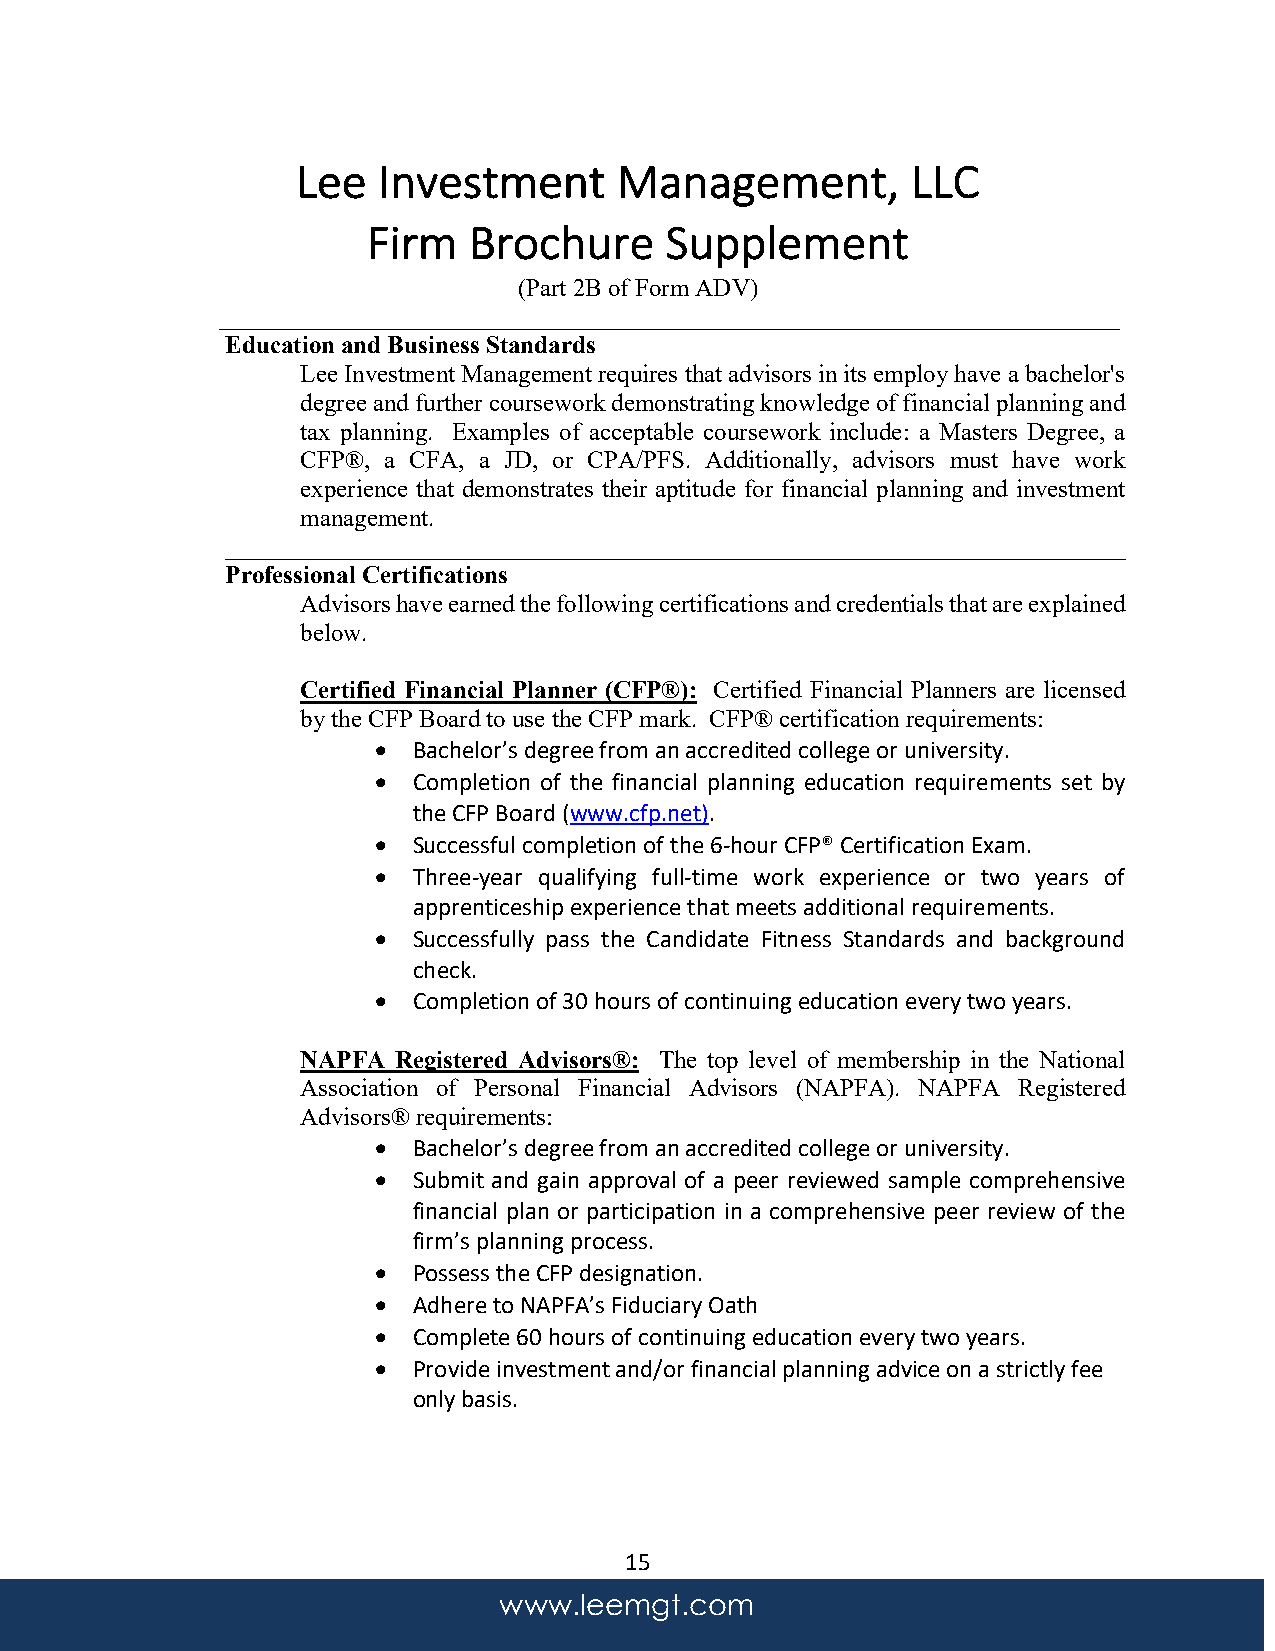
Lee  Investment      Management,        LLC
 Firm   Brochure     Supplement
 (Part 2B of Form ADV)
 ________________________________________________________________________
 Education and Business Standards
 Lee Investment Management requires that advisors in its employ have a bachelor's
 degree and further coursework demonstrating knowledge of financial planning and
 tax planning. Examples of acceptable coursework include: a Masters Degree, a
 CFP®, a CFA, a JD, or CPA/PFS. Additionally, advisors must have work
 experience that demonstrates their aptitude for financial planning and investment
 management.
 ________________________________________________________________________
 Professional Certifications
 Advisors have earned the following certifications and credentials that are explained
 below.
 Certified Financial Planner (CFP®): Certified Financial Planners are licensed
 by the CFP Board to use the CFP mark. CFP® certification requirements:
 • Bachelor’s degree from an accredited college or university.
 • Completion of the financial planning education requirements set by
 the CFP Board (www.cfp.net).
 • Successful completion of the 6-hour CFP® Certification Exam.
 • Three-year qualifying full-time work experience or two years of
 apprenticeship experience that meets additional requirements.
 • Successfully pass the Candidate Fitness Standards and background
 check.
 • Completion of 30 hours of continuing education every two years.
 NAPFA Registered Advisors®: The top level of membership in the National
 Association of Personal Financial Advisors (NAPFA). NAPFA Registered
 Advisors® requirements:
 • Bachelor’s degree from an accredited college or university.
 • Submit and gain approval of a peer reviewed sample comprehensive
 financial plan or participation in a comprehensive peer review of the
 firm’s planning process.
 • Possess the CFP designation.
 • Adhere to NAPFA’s Fiduciary Oath
 • Complete 60 hours of continuing education every two years.
 • Provide investment and/or financial planning advice on a strictly fee
 only basis.
 15
 www.leemgt.com